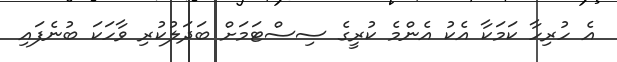
އެ ހުރިހާ ކަމަކާ އެކު އެންމެ ކުރީގެ ސިސްޓަމަށް ބަދަލުކުރި ވާހަކަ ބުނެފައި